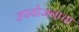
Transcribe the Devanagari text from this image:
उपयोजनाचा